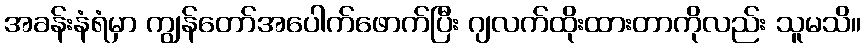
အခန်းနံရံမှာ ကျွန်တော်အပေါက်ဖောက်ပြီး ဂျလက်ထိုးထားတာကိုလည်း သူမသိ။